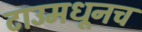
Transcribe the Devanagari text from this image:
टाउमधूनच